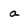
Character: a